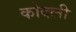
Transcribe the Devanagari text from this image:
कोदली